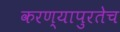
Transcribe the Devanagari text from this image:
करण्यापुरतेच